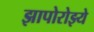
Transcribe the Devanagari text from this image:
झापोरोझ्ये